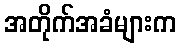
အတိုက်အခံများက